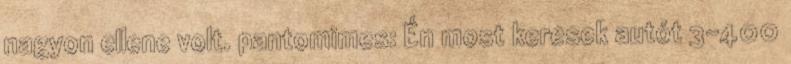
nagyon ellene volt. pantomimes: Én most keresek autót 3-400